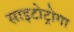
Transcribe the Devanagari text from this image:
साइटोट्रोगा